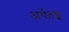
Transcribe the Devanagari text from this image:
अर्थत़ज्ज्ञ